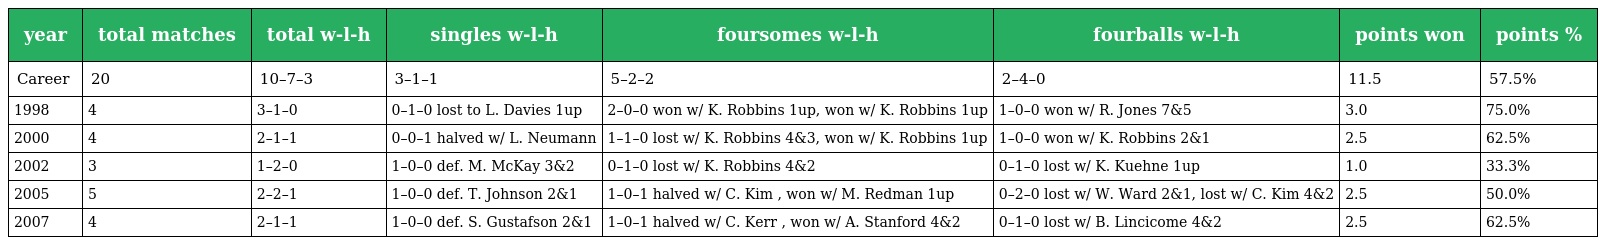
| year | total matches | total w-l-h | singles w-l-h | foursomes w-l-h | fourballs w-l-h | points won | points % |
 | --- | --- | --- | --- | --- | --- | --- | --- |
 | Career | 20 | 10–7–3 | 3–1–1 | 5–2–2 | 2–4–0 | 11.5 | 57.5% |
 | 1998 | 4 | 3–1–0 | 0–1–0 lost to L. Davies 1up | 2–0–0 won w/ K. Robbins 1up, won w/ K. Robbins 1up | 1–0–0 won w/ R. Jones 7&5 | 3.0 | 75.0% |
 | 2000 | 4 | 2–1–1 | 0–0–1 halved w/ L. Neumann | 1–1–0 lost w/ K. Robbins 4&3, won w/ K. Robbins 1up | 1–0–0 won w/ K. Robbins 2&1 | 2.5 | 62.5% |
 | 2002 | 3 | 1–2–0 | 1–0–0 def. M. McKay 3&2 | 0–1–0 lost w/ K. Robbins 4&2 | 0–1–0 lost w/ K. Kuehne 1up | 1.0 | 33.3% |
 | 2005 | 5 | 2–2–1 | 1–0–0 def. T. Johnson 2&1 | 1–0–1 halved w/ C. Kim , won w/ M. Redman 1up | 0–2–0 lost w/ W. Ward 2&1, lost w/ C. Kim 4&2 | 2.5 | 50.0% |
 | 2007 | 4 | 2–1–1 | 1–0–0 def. S. Gustafson 2&1 | 1–0–1 halved w/ C. Kerr , won w/ A. Stanford 4&2 | 0–1–0 lost w/ B. Lincicome 4&2 | 2.5 | 62.5% |